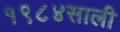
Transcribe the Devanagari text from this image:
१९८४साली